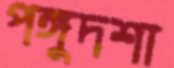
পঙ্গুদশা